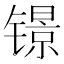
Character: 𲈚